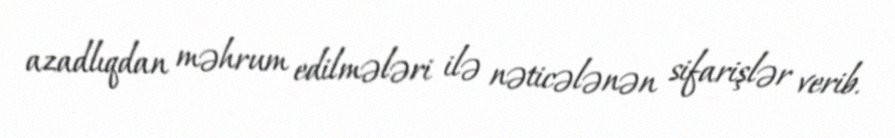
azadlıqdan məhrum edilmələri ilə nəticələnən sifarişlər verib.